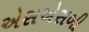
એસએસબી